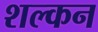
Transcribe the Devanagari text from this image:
शल्‍कन